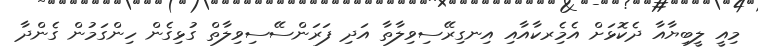
މިއީ ލީބިޔާއާ ދެކޮޅަށް އެމެިރކާއާއި އިނގިރޭސިވިލާތާ އަދި ފަރަންސޭސިވިލާތް ގުޅިގެން ހިންގަމުން ގެންދާ